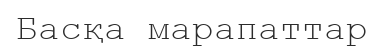
Басқа марапаттар